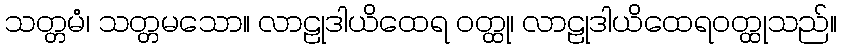
သတ္တမံ၊ သတ္တမသော။ လာဠုဒါယိထေရ ဝတ္ထု၊ လာဠုဒါယိထေရဝတ္ထုသည်။